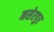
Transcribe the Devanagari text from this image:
नसेरपुर